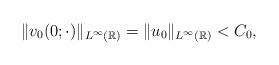
LaTeX: \begin{align*} \|v_0(0;\cdot)\|_{L^\infty(\mathbb{R})}=\|u_0\|_{L^\infty(\mathbb{R})}<C_0,\end{align*}